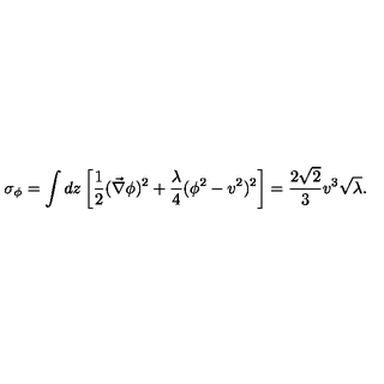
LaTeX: \sigma _ { \phi } = \int d z \left[ \frac { 1 } { 2 } ( \vec { \nabla } \phi ) ^ { 2 } + \frac { \lambda } { 4 } ( \phi ^ { 2 } - v ^ { 2 } ) ^ { 2 } \right] = \frac { 2 \sqrt { 2 } } { 3 } v ^ { 3 } \sqrt { \lambda } .